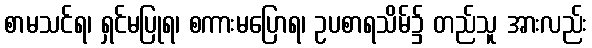
စာမသင်ရ၊ ရှင်မပြုရ၊ စကားမပြောရ၊ ဥပစာရသိမ်၌ တည်သူ အားလည်း